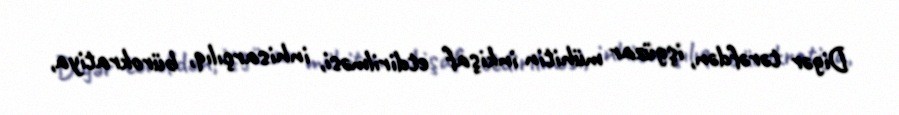
Digər tərəfdən, işgüzar mühitin inkişaf etdirilməsi, inhisarçılıq, bürokratiya,